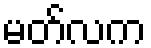
မတ်လက